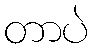
တာပဲ